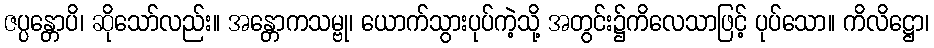
ဇပ္ပန္တောပိ၊ ဆိုသော်လည်း။ အန္တောကသမ္ဗု၊ ယောက်သွားပုပ်ကဲ့သို့ အတွင်း၌ကိလေသာဖြင့် ပုပ်သော။ ကိလိဋ္ဌော၊